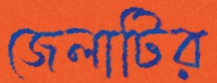
জেলাটির